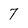
Character: 7